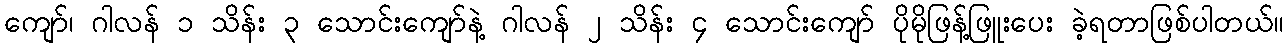
ကျော်၊ ဂါလန် ၁ သိန်း ၃ သောင်းကျော်နဲ့ ဂါလန် ၂ သိန်း ၄ သောင်းကျော် ပိုမိုဖြန့်ဖြူးပေး ခဲ့ရတာဖြစ်ပါတယ်။